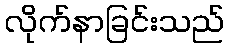
လိုက်နာခြင်းသည်